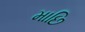
માછિ